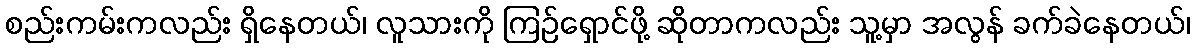
စည်းကမ်းကလည်း ရှိနေတယ်၊ လူသားကို ကြဉ်ရှောင်ဖို့ ဆိုတာကလည်း သူ့မှာ အလွန် ခက်ခဲနေတယ်၊